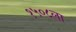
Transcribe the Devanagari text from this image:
१५०८ला